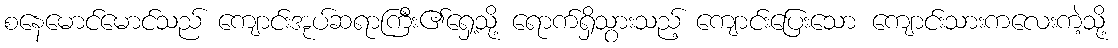
စနေမောင်မောင်သည် ကျောင်းအုပ်ဆရာကြီး၏ရှေ့သို့ ရောက်ရှိသွားသည့် ကျောင်းပြေးသော ကျောင်းသားကလေးကဲ့သို့